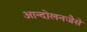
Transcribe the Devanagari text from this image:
आन्दोलनजैसे